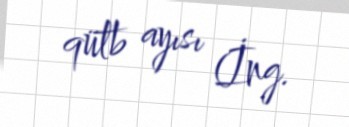
qütb ayısı (İng.